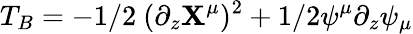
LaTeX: T_{B}=-1/2\ (\partial_{z}\mathbf{X}^{\mu})^{2}+1/2\psi^{\mu}\partial_{z}\psi_{\mu}